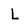
Character: L